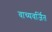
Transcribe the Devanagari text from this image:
वाच्यवर्जित